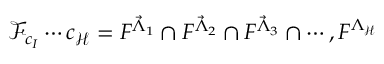
\mathcal { F } _ { c _ { I } } \cdots c _ { \mathcal { H } } = F ^ { \vec { \Lambda } _ { 1 } } \cap F ^ { \vec { \Lambda } _ { 2 } } \cap F ^ { \vec { \Lambda } _ { 3 } } \cap \cdots , F ^ { \Lambda _ { \mathcal { H } } }